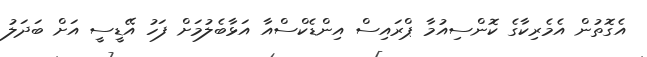
އެގޮތުން އެމެރިކާގެ ކޮންސިއުމާ ޕްރައިސް އިންޑެކްސްއާ އަޅާބެލުމަށް ފަހު އޭޑީސީ އަށް ބަދަލު